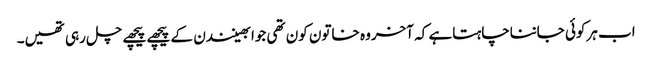
اب ہرکوئی جانناچاہتاہے کہ آخروہ خاتون کون تھی جوابھینندن کے پیچھے پیچھے چل رہی تھیں۔